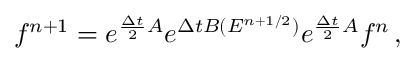
f ^ { n + 1 } = e ^ { \frac { \Delta t } { 2 } A } e ^ { \Delta t B ( E ^ { n + 1 / 2 } ) } e ^ { \frac { \Delta t } { 2 } A } f ^ { n } \, ,